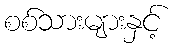
စစ်သားများနှင့်